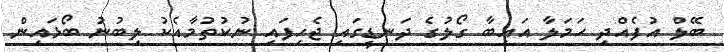
ބޭލް އުފެއްދި ހަމަލާ އައިބާ ގޯލުގެ ދަނޑީގައި ޖެހިފައި ނުކުތުމާއެކު ލިބުނު ބޯޅައިން